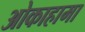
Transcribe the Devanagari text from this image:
ओकाहामा